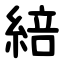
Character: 䋨